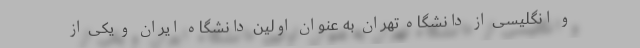
و انگلیسی از دانشگاه تهران به عنوان اولین دانشگاه ایران و یکی از